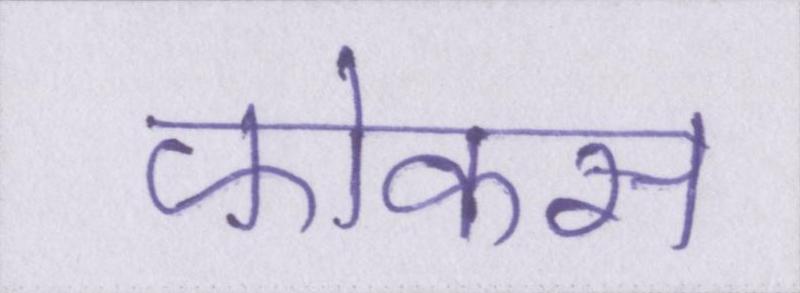
फोकस